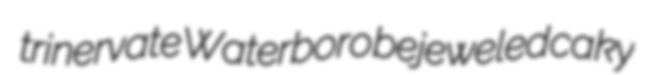
trinervate Waterboro bejeweled caky